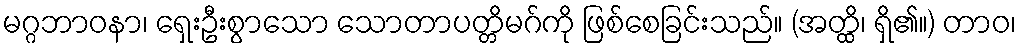
မဂ္ဂဘာဝနာ၊ ရှေးဦးစွာသော သောတာပတ္တိမဂ်ကို ဖြစ်စေခြင်းသည်။ (အတ္ထိ၊ ရှိ၏။) တာဝ၊